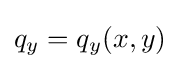
q_{y}=q_{y}(x,y)